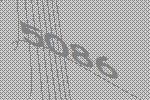
5086